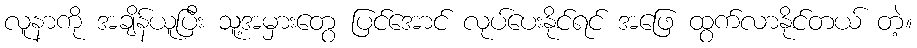
လူနာကို အချိန်ယူပြီး သူ့အမှားတွေ ပြင်အောင် လုပ်ပေးနိုင်ရင် အဖြေ ထွက်လာနိုင်တယ် တဲ့။